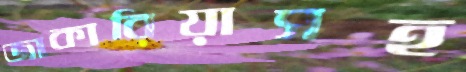
জাকারিয়াসহ